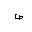
Letter: _sad